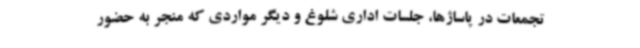
تجمعات در پاساژها، جلسات اداری شلوغ و دیگر مواردی که منجر به حضور